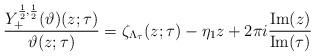
LaTeX: \begin{align*}\frac{Y_+^{\frac12,\frac12}(\vartheta)(z;\tau)}{\vartheta(z;\tau)}=\zeta_{\Lambda_{\tau}}(z;\tau)-\eta_1z+2\pi i\frac{\operatorname{Im}(z)}{\operatorname{Im}(\tau)}\end{align*}